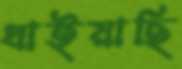
ধাইয়াছি